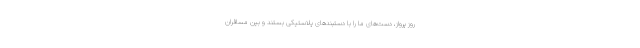
روز پرواز، دست‌های ما را با دستبندهای پلاستیکی بستند و بین مسافران